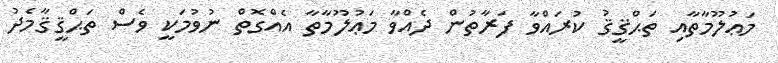
މަޢުލޫމާތާއި ތަޙްޤީޤު ކުރައްވާ ފަރާތުން ދެއްވާ މަޢުލޫމާތާ އެއްގޮތް ނުވުމަކީ ވެސް ތަޙްޤީޤާމެދު